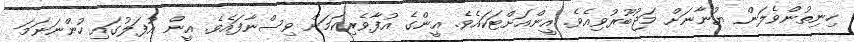
ހިނިތުންވެލަން ޔުނާނަށް މަޖުބޫރުވިއެވެ. އީންއަށްޓަކައެވެ. އީންގެ އުފާވެރިކަމަށް ވިސްނާފައެވެ. އީން އުފަލުގައި ހުންނަނަމަ